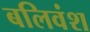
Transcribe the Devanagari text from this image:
बलिवंश